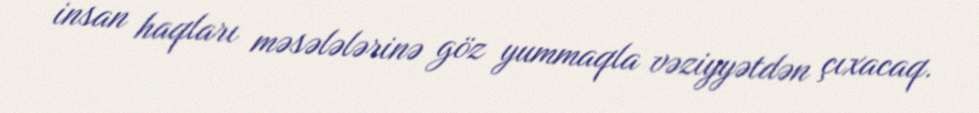
insan haqları məsələlərinə göz yummaqla vəziyyətdən çıxacaq.